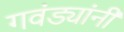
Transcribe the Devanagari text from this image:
गवंड्यांनी